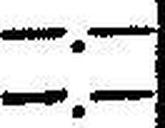
—.—